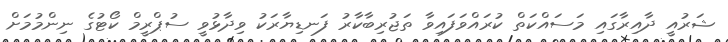
ޝަރުއީ ދާއިރާގައި މަސައްކަތް ކުރައްވަފައިވާ ތަޖުރިބާކާރު ފަނޑިޔާރަކު ވިދާޅުވީ ސުޕްރީމް ކޯޓުގެ ނިންމުމަށް